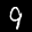
Label: 9